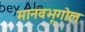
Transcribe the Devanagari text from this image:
मानवभूगोल